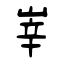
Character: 峷